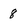
Character: 8